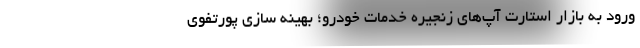
ورود به بازار استارت آپ‌های زنجیره خدمات خودرو؛ بهینه سازی پورتفوی